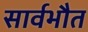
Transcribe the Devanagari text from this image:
सार्वभौत